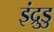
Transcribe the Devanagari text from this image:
इंद्रुडु